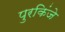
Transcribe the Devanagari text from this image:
पुरकिंजे